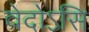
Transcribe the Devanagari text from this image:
वेदोऽसि